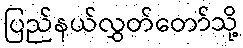
ပြည်နယ်လွှတ်တော်သို့